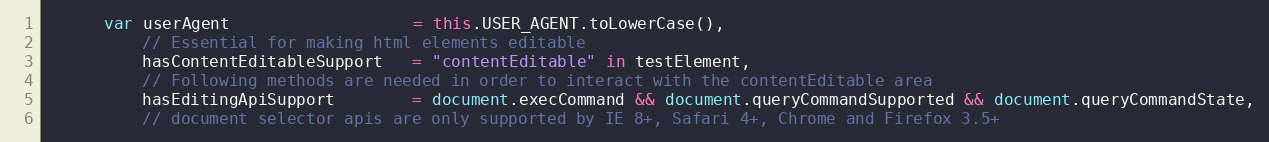
Language: JavaScript
      var userAgent                   = this.USER_AGENT.toLowerCase(),
          // Essential for making html elements editable
          hasContentEditableSupport   = "contentEditable" in testElement,
          // Following methods are needed in order to interact with the contentEditable area
          hasEditingApiSupport        = document.execCommand && document.queryCommandSupported && document.queryCommandState,
          // document selector apis are only supported by IE 8+, Safari 4+, Chrome and Firefox 3.5+